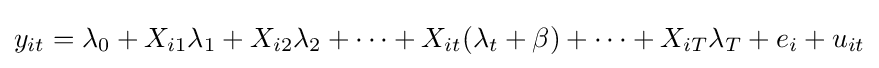
y_{it}=\lambda _{0}+X_{i1}\lambda _{1}+X_{i2}\lambda _{2}+\dots +X_{it}(\lambda _{t}+\mathbf {\beta } )+\dots +X_{iT}\lambda _{T}+e_{i}+u_{it}